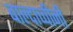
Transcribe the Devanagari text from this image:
बाल्दाच्चीनी